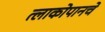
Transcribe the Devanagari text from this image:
त्लाकोपानचे